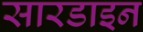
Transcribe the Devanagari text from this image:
सारडाइन